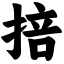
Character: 掊